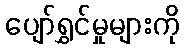
ပျော်ရွှင်မှုများကို